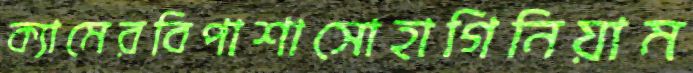
ক্যামেরবিপাশাসোহাগিনিয়াম